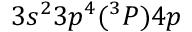
3 s ^ { 2 } 3 p ^ { 4 } ( ^ { 3 } P ) 4 p